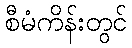
စီမံကိန်းတွင်